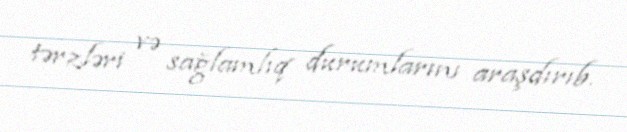
tərzləri və sağlamlıq durumlarını araşdırıb.